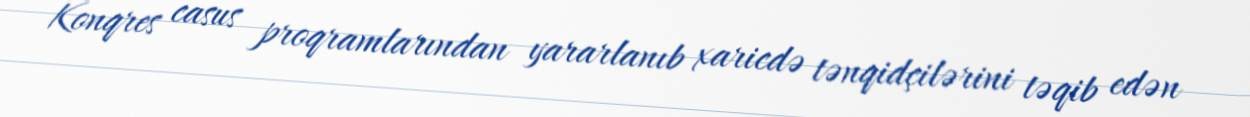
Konqres casus proqramlarından yararlanıb xaricdə tənqidçilərini təqib edən